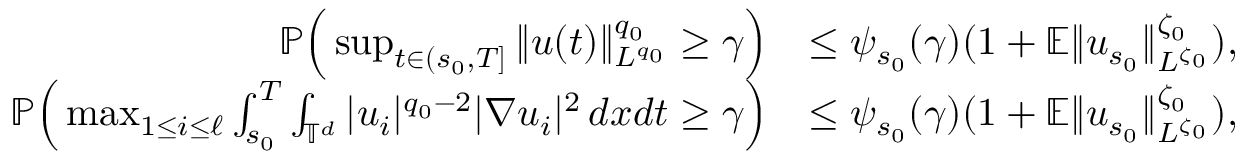
\begin{array} { r l } { { \mathbb P } \Big ( \operatorname* { s u p } _ { t \in ( s _ { 0 } , T ] } \| u ( t ) \| _ { L ^ { q _ { 0 } } } ^ { q _ { 0 } } \geq \gamma \Big ) } & { \leq \psi _ { s _ { 0 } } ( \gamma ) ( 1 + { \mathbb E } \| u _ { s _ { 0 } } \| _ { L ^ { \zeta _ { 0 } } } ^ { \zeta _ { 0 } } ) , } \\ { { \mathbb P } \Big ( \operatorname* { m a x } _ { 1 \leq i \leq \ell } \int _ { s _ { 0 } } ^ { T } \int _ { \mathbb { T } ^ { d } } | u _ { i } | ^ { q _ { 0 } - 2 } | \nabla u _ { i } | ^ { 2 } \, d x d t \geq \gamma \Big ) } & { \leq \psi _ { s _ { 0 } } ( \gamma ) ( 1 + { \mathbb E } \| u _ { s _ { 0 } } \| _ { L ^ { \zeta _ { 0 } } } ^ { \zeta _ { 0 } } ) , } \end{array}